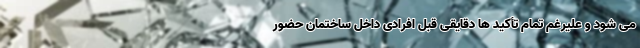
می شود و علیرغم تمام تأکید ها دقایقی قبل افرادی داخل ساختمان حضور